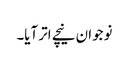
نوجوان نیچے اتر آیا۔